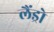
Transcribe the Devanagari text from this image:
लैंड्रो